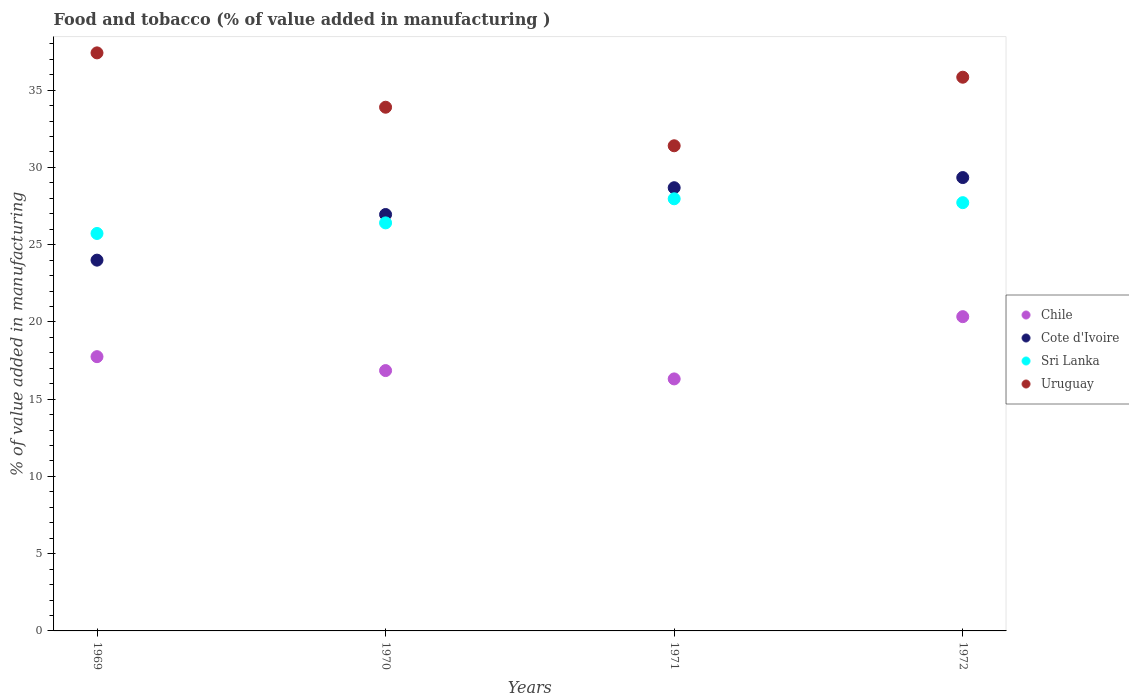
| Years | Chile | Cote d'Ivoire | Sri Lanka | Uruguay |
 | --- | --- | --- | --- | --- |
 | 1969 | 17.8 | 24 | 25.7 | 37.4 |
 | 1970 | 16.9 | 27 | 26.4 | 33.9 |
 | 1971 | 16.3 | 28.7 | 28 | 31.4 |
 | 1972 | 20.3 | 29.3 | 27.7 | 35.8 |